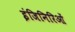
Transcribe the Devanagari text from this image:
इंजिनिरिओं